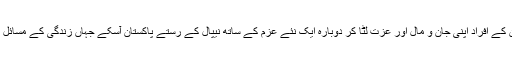
ان میں سے کچھ ہی خاندان کے افراد اپنی جان و مال اور عزت لٹا کر دوبارہ ایک نئے عزم کے ساتھ نیپال کے رستے پاکستان آسکے جہاں زندگی کے مسائل مزید ان کے منتظر تھے ۔